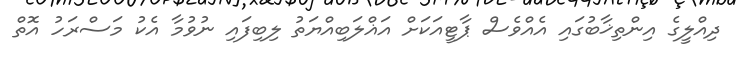
ދިއްލީގެ އިންތިޚާބުގައި އެއްވެސް ޕާޓީއަކަށް އަޣްލަބިއްޔަތު ލިބިފައި ނުވުމާ އެކު މަސްރަހު އޮތް